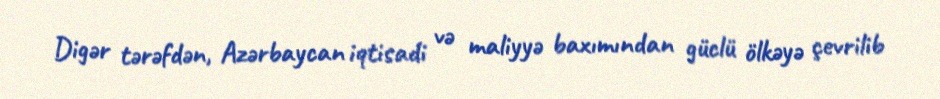
Digər tərəfdən, Azərbaycan iqtisadi və maliyyə baxımından güclü ölkəyə çevrilib